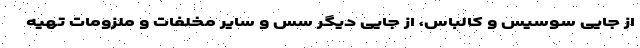
از جایی سوسیس و کالباس، از جایی دیگر سس و سایر مخلفات و ملزومات تهیه